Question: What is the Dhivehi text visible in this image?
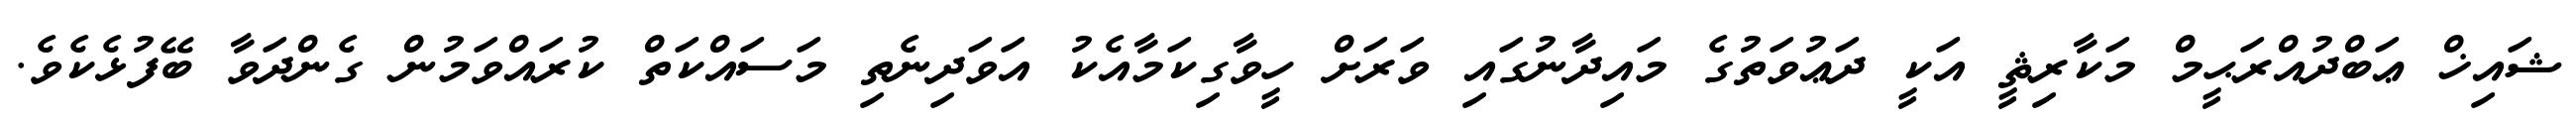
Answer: ޝައިޚް ޢަބްދުއްރަޙީމް މަކާރިޘީ އަކީ ދަޢުވަތުގެ މައިދާނުގައި ވަރަށް ހީވާގިކަމާއެކު އަވަދިނެތި މަސައްކަތް ކުރައްވަމުން ގެންދަވާ ބޭފުޅެކެވެ.